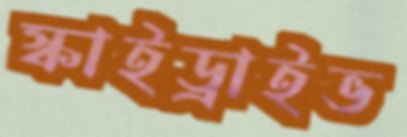
স্কাইড্রাইভ